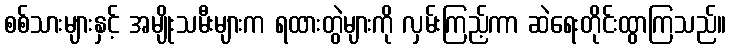
စစ်သားများနှင့် အမျိုးသမီးများက ရထားတွဲများကို လှမ်းကြည့်ကာ ဆဲရေးတိုင်းထွာကြသည်။